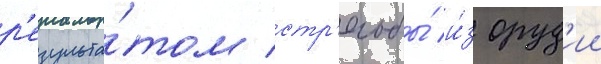
р'езульта́том стр'ельбы́ и́з оруд'ии